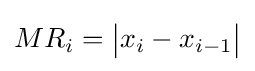
MR_{i}={\big |}x_{i}-x_{i-1}{\big |}